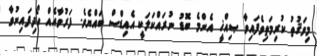
މިވަޤުތު ކުރިމަތިވެފައިވާ ޞިއްޚީ އެންމެ ބޮޑު ނުރައްކަލަކީ އެއިޑްސް ބައްޔެވެ. ފަރުވާއެއް ހޯދިފައިނުވާ